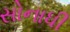
સોનાધી